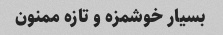
بسیار خوشمزه و تازه ممنون